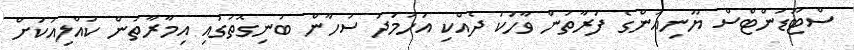
ސްޓޫޑަންޓްސް ޔޫނިއަންގެ ފަރާތުން ވާހަކަ ދެއްކި އަހުމަދު ސުހާން ބުނިގޮތުގައި އިމާރާތުން ކުއްލިއަކަށް